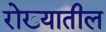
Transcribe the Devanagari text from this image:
रोख्यातील